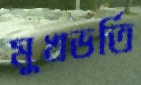
মুখভর্তি